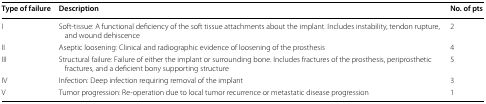
| Type of failure | Description | No. of pts |
 | --- | --- | --- |
 | I | Soft-tissue: A functional deficiency of the soft tissue attachments about the implant. Includes instability, tendon rupture, and wound dehiscence | 2 |
 | II | Aseptic loosening: Clinical and radiographic evidence of loosening of the prosthesis | 4 |
 | III | Structural failure: Failure of either the implant or surrounding bone. Includes fractures of the prosthesis, periprosthetic fractures, and a deficient bony supporting structure | 5 |
 | IV | Infection: Deep infection requiring removal of the implant | 3 |
 | V | Tumor progression: Re-operation due to local tumor recurrence or metastatic disease progression | 1 |